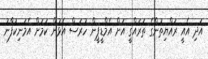
އަދި އެއީ ރައްޔިތުންގެ ތަރައްގީ އަށް އެމްޑީޕީން ހުރަސް އެޅުން ކަމަށް އެމަނިކުފާނު